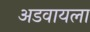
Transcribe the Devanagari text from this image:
अडवायला